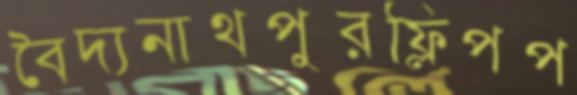
বৈদ্যনাথপুরফ্লিপপ